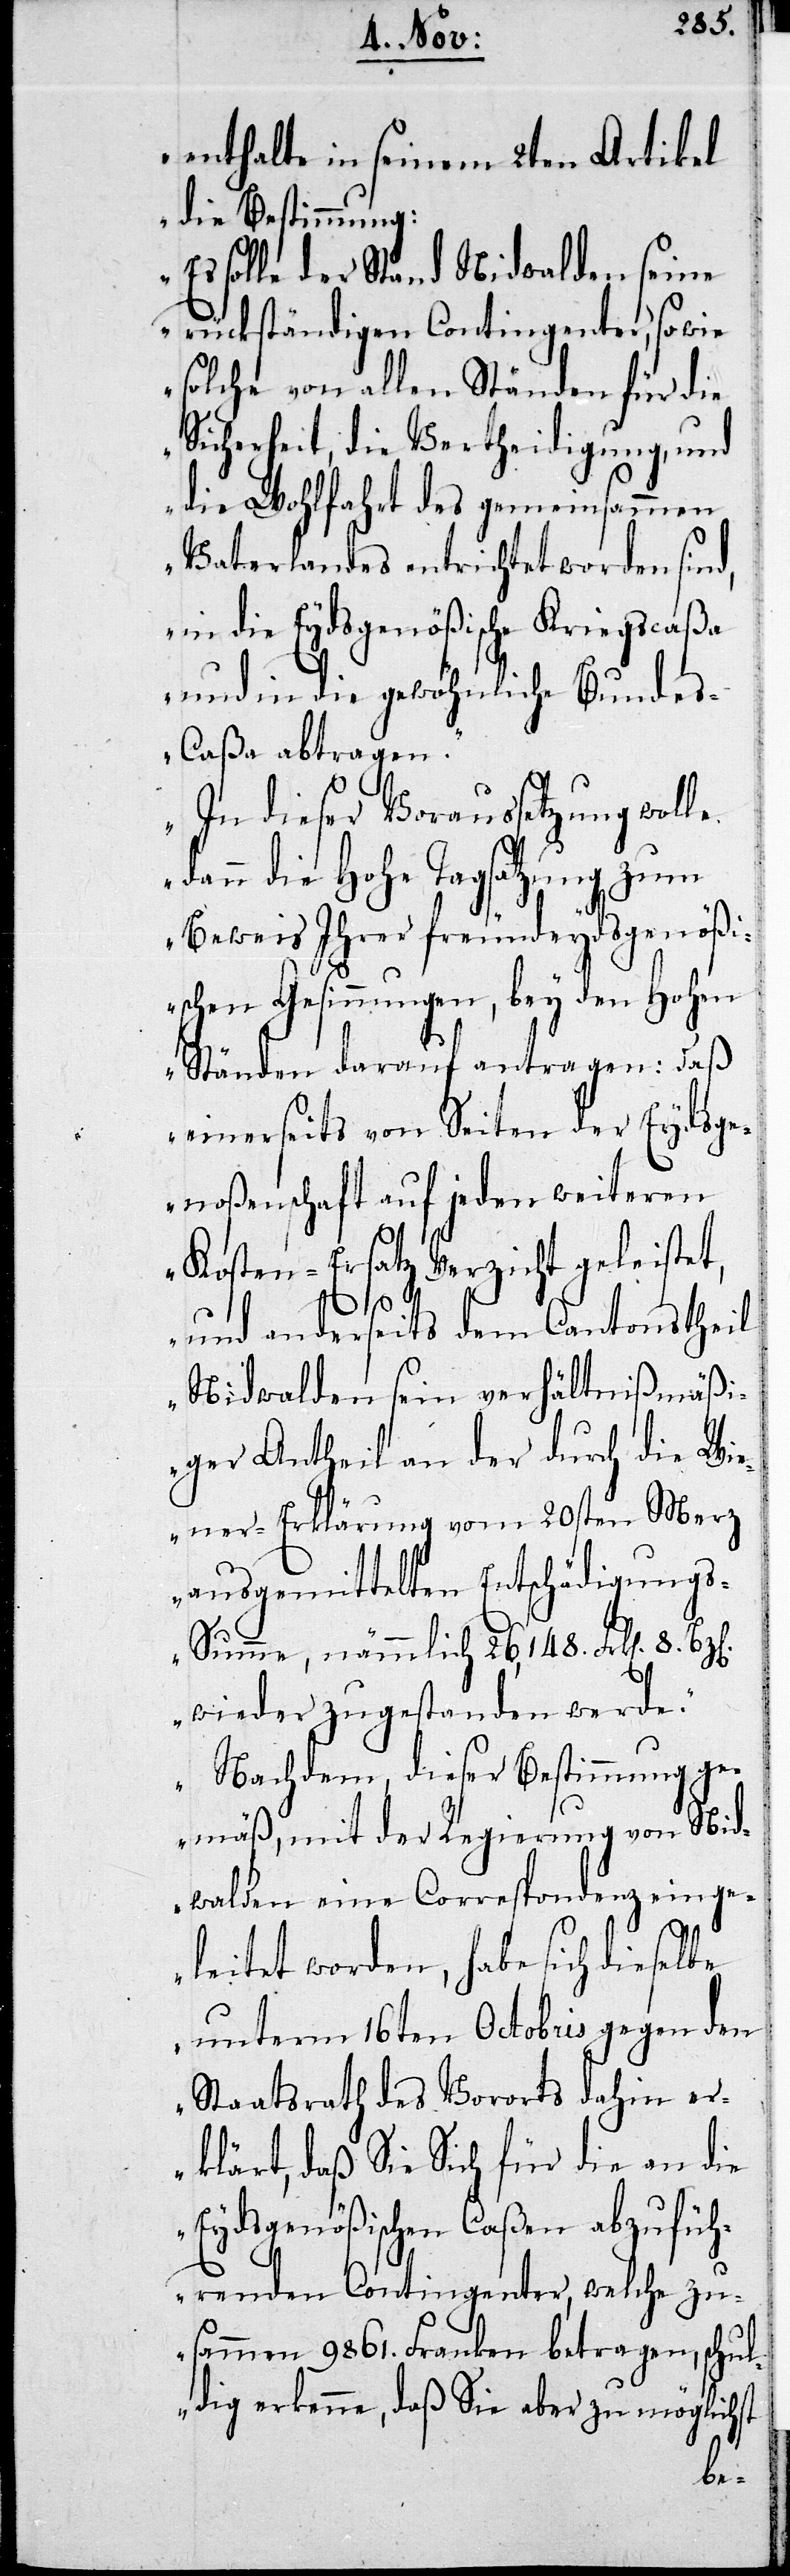
enthalte in seinem 2ten Artikel
die Bestimmung:
Es solle der Stand Nidwalden seine
rückständigen Contingenter, so wie
solche von allen Ständen für die
Sicherheit, die Vertheidigung, und
die Wohlfahrt des gemeinsammen
Vaterlandes entrichtet worden sind,
in die Eydsgenößische Kriegscaßa
und in die gewöhnliche Bunde¬
s-Caßa abtragen.
In dieser Voraussetzung wolle
dann die Hohe Tagsatzung zum
Beweis Ihrer freundeydsgenößi¬
schen Gesinnnungen, bey den Hohen
Ständen darauf antragen: Daß
einerseits von Seiten der Eydsge¬
noßenschaft auf jeden weiteren
Kosten-Ersatz Verzicht geleistet,
und anderseits dem Cantonstheil
Nidwalden sein verhältnißmäßi¬
ger Antheil an der durch die Wi¬
ener-Erklärung vom 20sten Merz
ausgemittelten Entschädigung¬
s-Summe, nämmlich 26,148 Frk. 8 Bz.
wieder zugestanden werde.
Nachdem, dieser Bestimmung ge¬
mäß, mit der Regierung von Nid¬
walden eine Correspondenz einge¬
leitet worden, habe sich dieselbe
unterm 16ten Octobris gegen den
Staatsrath des Vororts dahin er¬
klärt, daß Sie Sich für die an die
Eydsgenößische Caßen abzufüh¬
renden Contingenter, welche zu¬
sammen 9861 Franken betragen, schul¬
dig erkennen, daß Sie aber zu möglichst